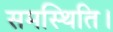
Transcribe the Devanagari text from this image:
समस्थिति।